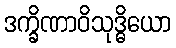
ဒက္ခိဏာဝိသုဒ္ဓိယော